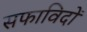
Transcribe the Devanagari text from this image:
सफाविदों